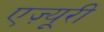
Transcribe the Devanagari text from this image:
एज़्यूरी